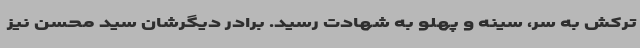
ترکش به سر، سینه و پهلو به شهادت رسید. برادر دیگرشان سید محسن نیز